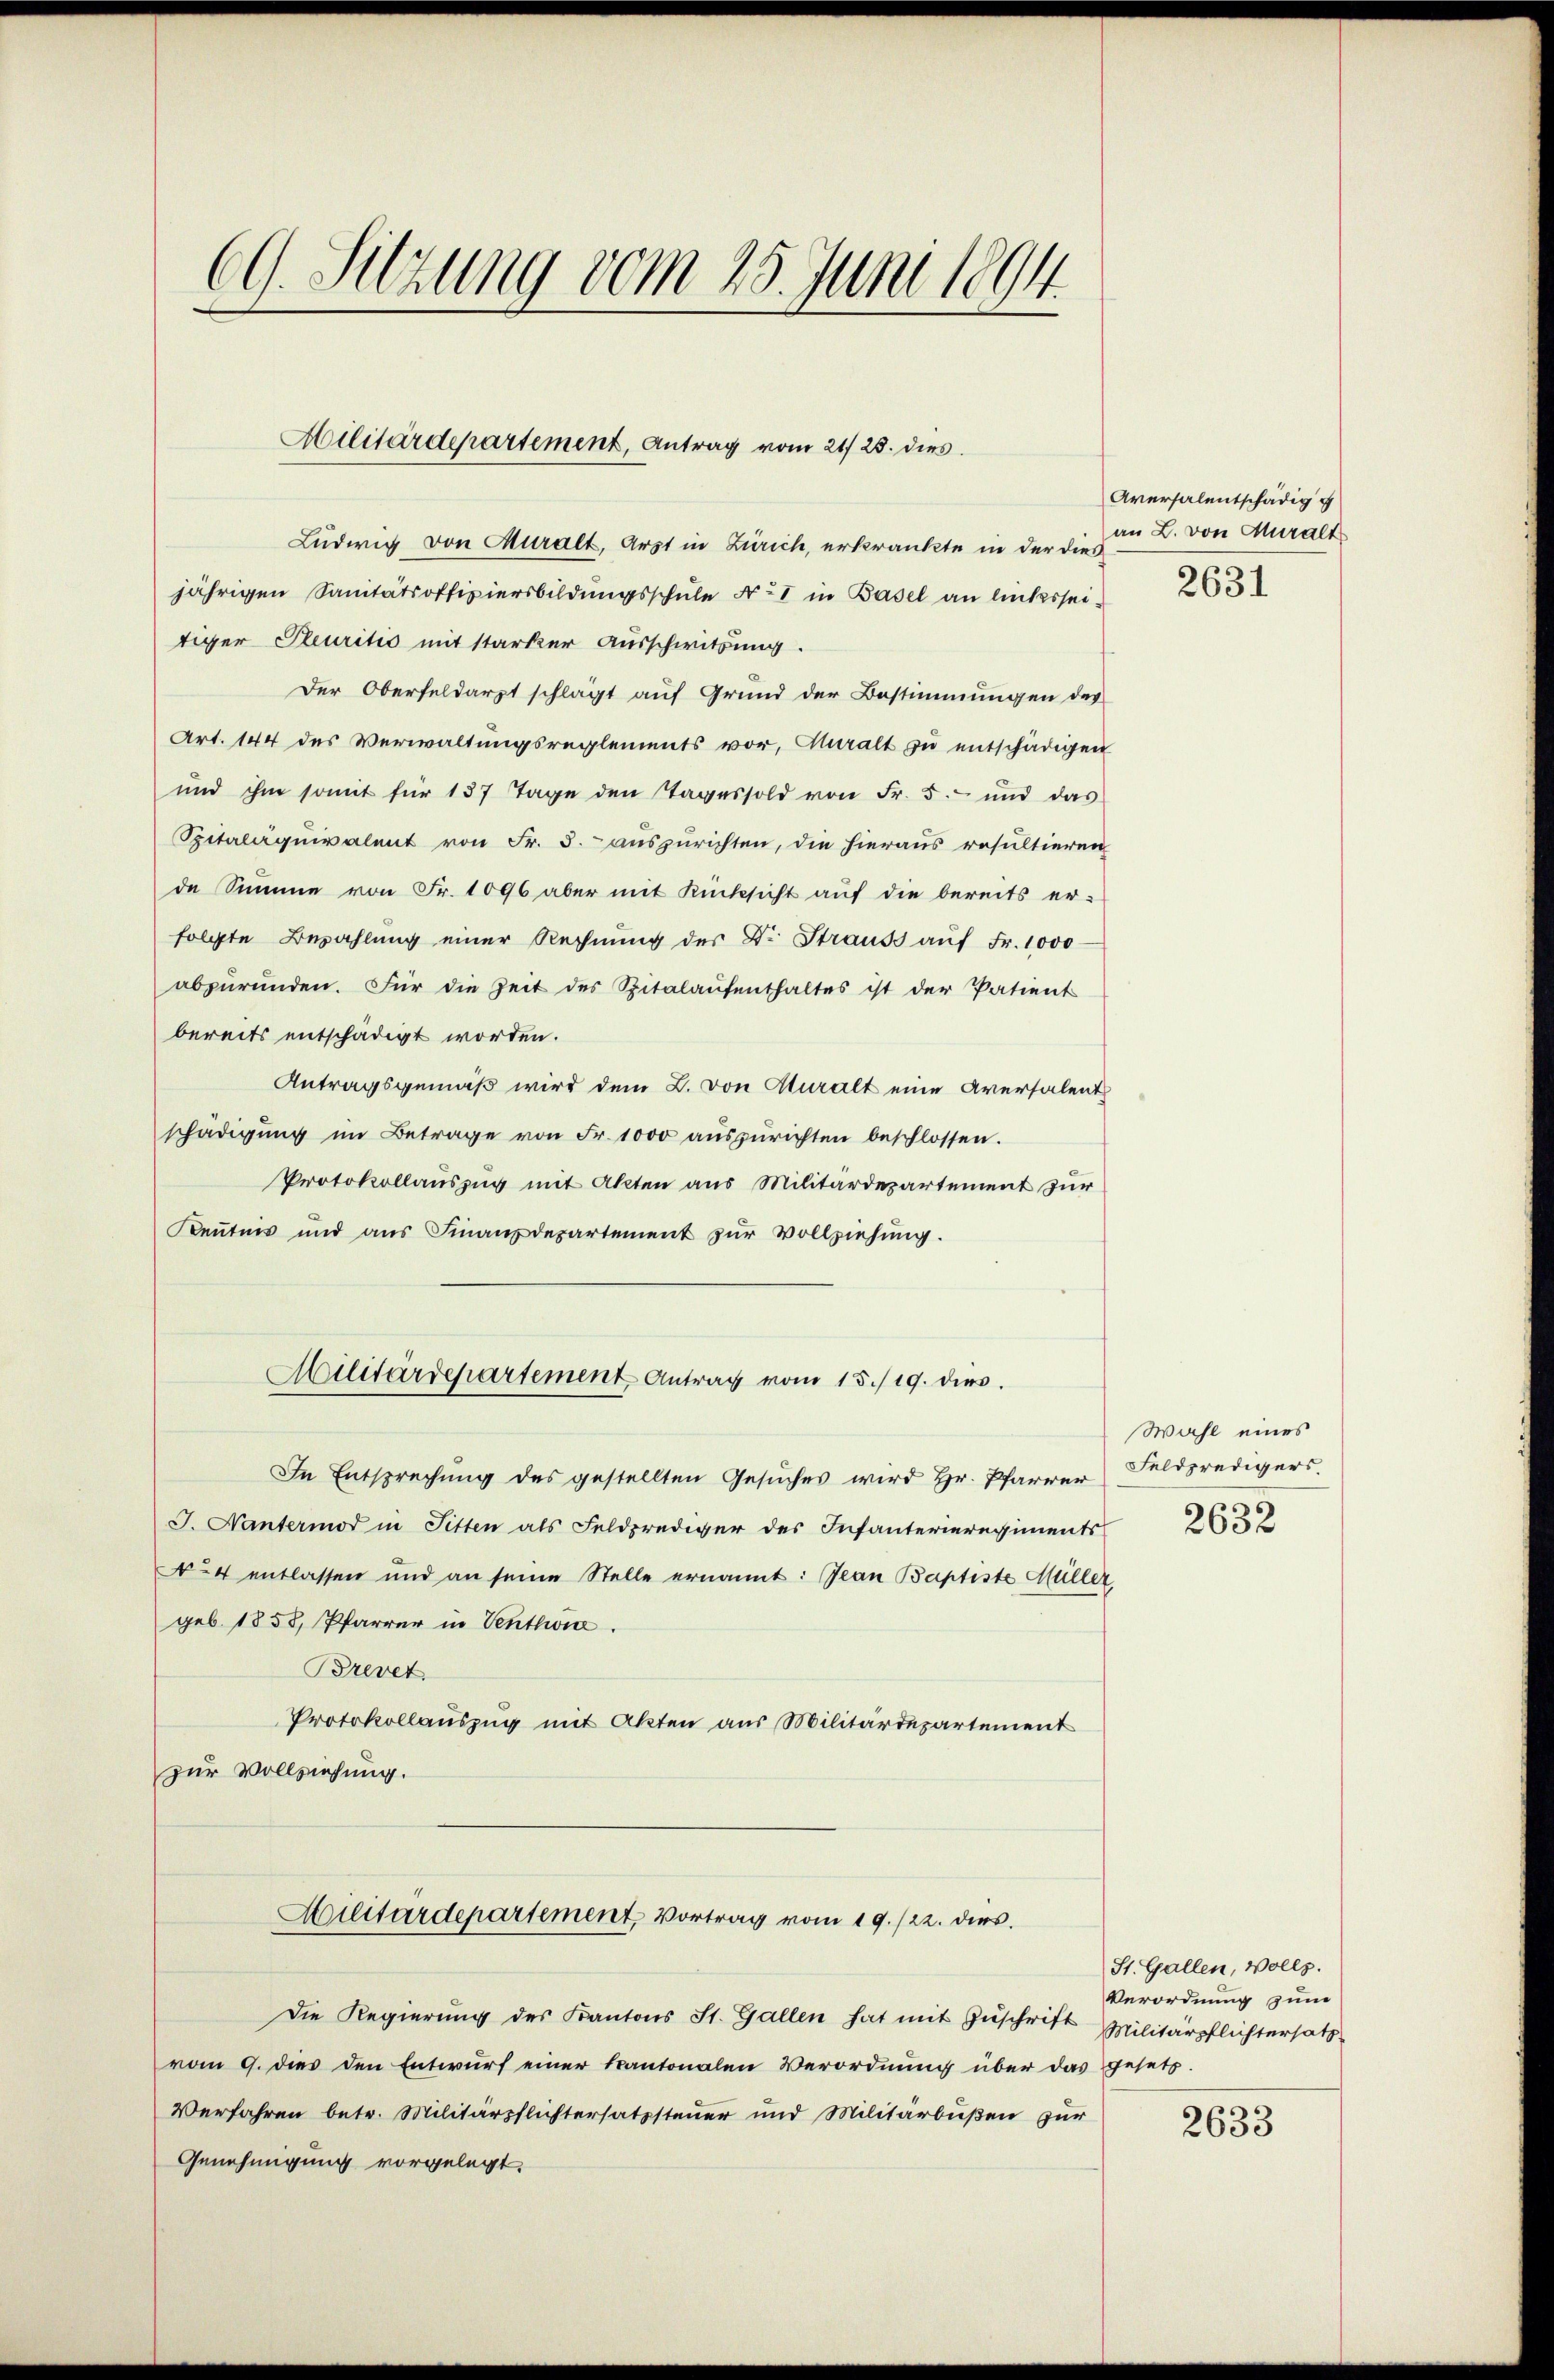
1
CG. Sitzung vom 25. Juni 1890.

Militärdepartement, Antrag vom 21. 25. dies

Ludwig von Muralt, Arzt in Zürich, erkränkte in der dies
jährigen Sanitätsoffiziersbildungsschule Nr. 1 in Basel an linksseitiger Pleuritis mit starker Ausschwitzung.
Der Oberfeldarzt schlägt auf Grund der Bestimmungen des
Art. 144 des Verwaltungsreglements vor, Muralt zu entschädigen
und ihm somit für 137 Tage den Tages sold von Fr. 5.- und das
Spitaliquivalent von Fr. 5. auszurichten, die hieraus resultieren
de Summe von Fr. 1096 aber mit Rücksicht auf die bereits er-
folgte Bezahlung einer Rechnung der Dr. Strauss auf Fr. 1000
abpŭründen. Für die Zeit des Spitalaŭfenthaltes ist der Patient
bereits entschädigt worden.
Antragsgemäß wird dem L. von Sturalt eine Aversalent
schädigung im Betrage von Fr. 1000 aŭszŭrichten beschlossen.
Protokollauszug mit Akten aus Militärdepartement zur
Kentnis und aus Finanzdepartement zur Vollziehung.
Militärdepartement Antrag vom 15./19. dies
In Entsprechŭng des gestellten Gesŭches wird Hr. Pfarrer Feldpredigers
J. Nantermord in Fitten als Feldprediger des Infanterieregiments
No 4 entlassen und an seine Stelle ernannt: Jean Baptiste Müller
geb. 1858, Pfarrer in Venthon.
Brevet
Protokollauszug mit Akten aus Militärdepartement
zur Vollziehung.
Militärdepartement, Vortrag vom 19. /22. dies.
Die Regierung des Kantons St. Gallen hat mit Zuschrift Militärpflichtersatz
vom 9. dies den Entwurf einer Kantonalen Verordnung über das gesetz-
Verfahren betr. Militärpflichtersatzsteuer und Militärbußen zur
Genehmigung vorgelegt.

Aversalentschädigu
an L. von Muralt

2631

Wahl eines
2632

St. Gallen, Vollz
Verordnung zum

2633